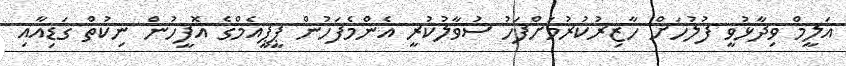
އަލީމް ވިދާޅުވީ ފުލުހަށް ހާޒިރުކުރުމަށްފަހު ސުވާލުކުރީ އެންމެފަހުން ޕީޕީއެމްގެ އޮފީހުން ނިކުތް ގަޑިއާއި